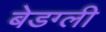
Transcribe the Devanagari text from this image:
बेडग्ली